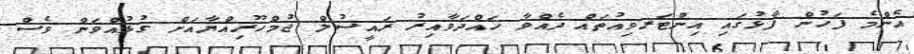
އެންމެ ފަހުން ފާޅުގައި އިންޓަރވިއުތައް ދެއްވާ ހައްދަވާއިރު ރައީސުލް ޖުމްހޫރިއްޔާއަށް ގުޅުއްވަން ވެސް